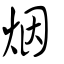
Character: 烟